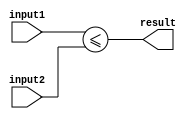
module less_than_or_equal_to_comparator (
    input [7:0] input1,
    input [7:0] input2,
    output result
);

assign result = (input1 <= input2);

endmodule